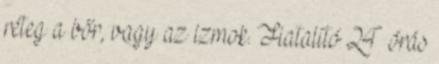
réteg a bőr, vagy az izmok. Fiatalító 24 órás